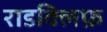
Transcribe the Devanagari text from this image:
राडक्लिफ़